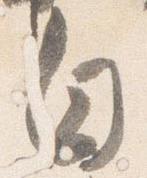
白